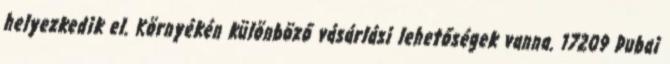
helyezkedik el. Környékén különböző vásárlási lehetőségek vanna. 17209 Dubai